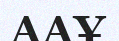
ААҰ